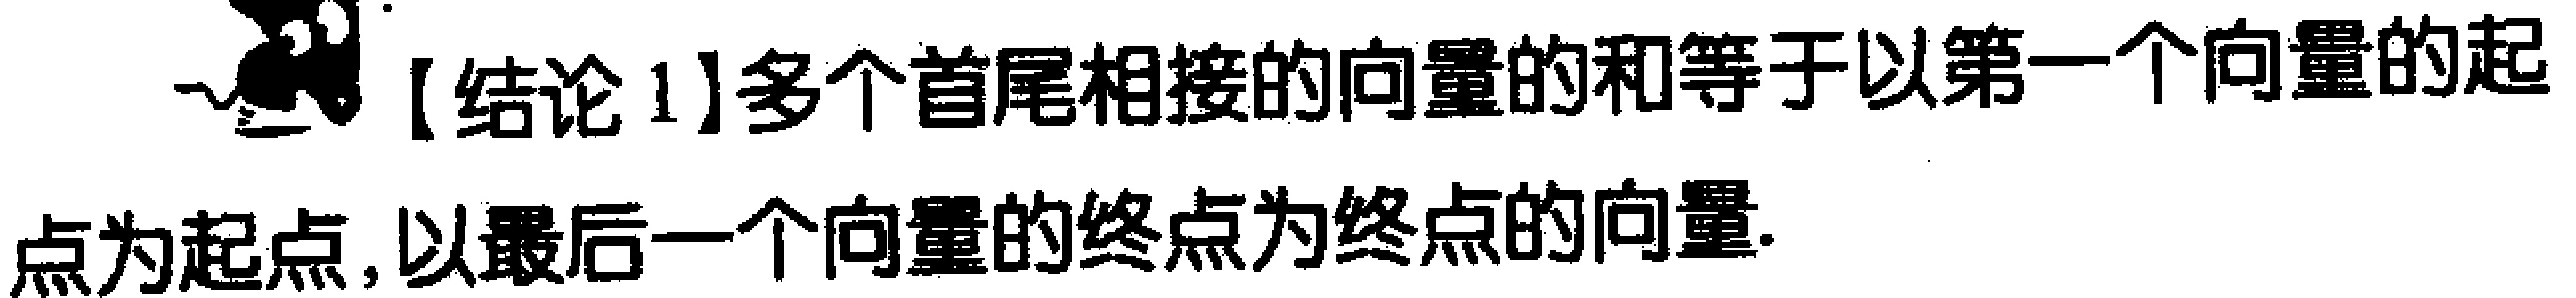
【结论1】多个首尾相接的向量的和等于以第一个向量的起点为起点，以最后一个向量的终点为终点的向量.